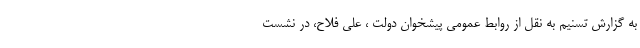
به گزارش تسنیم به نقل از روابط عمومی پیشخوان دولت ، علی فلاح، در نشست